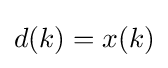
d(k)=x(k)\,\!